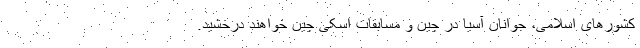
کشورهای اسلامی، جوانان آسیا در چین و مسابقات اسکی چین خواهند درخشید.